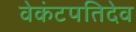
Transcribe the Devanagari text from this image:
वेकंटपतिदेव